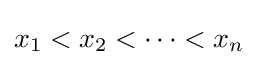
{\textstyle x_{1}<x_{2}<\cdots <x_{n}}